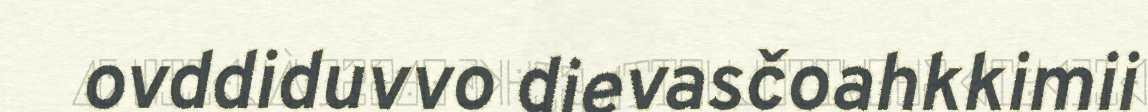
ovddiduvvo dievasčoahkkimii